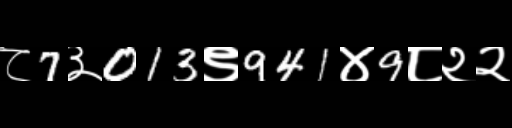
Text: ८7३013९941४9८२२